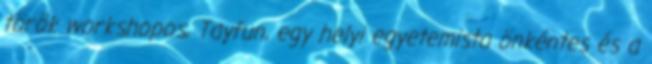
török workshopos, Tayfun, egy helyi egyetemista önkéntes és a